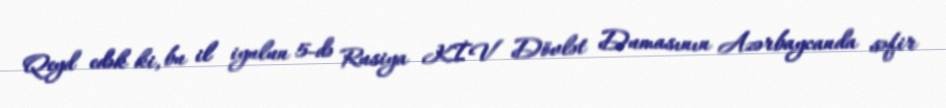
Qeyd edək ki, bu il iyulun 5-də Rusiya KİV Dövlət Dumasının Azərbaycanda səfir